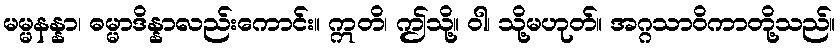
မမ္မနန္နာ၊ ဓမ္မာဒိန္နာလည်းကောင်း။ ဣတိ၊ ဤသို့။ ဝါ၊ သို့မဟုတ်။ အဂ္ဂသာဝိကာတို့သည်။